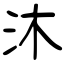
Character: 沐